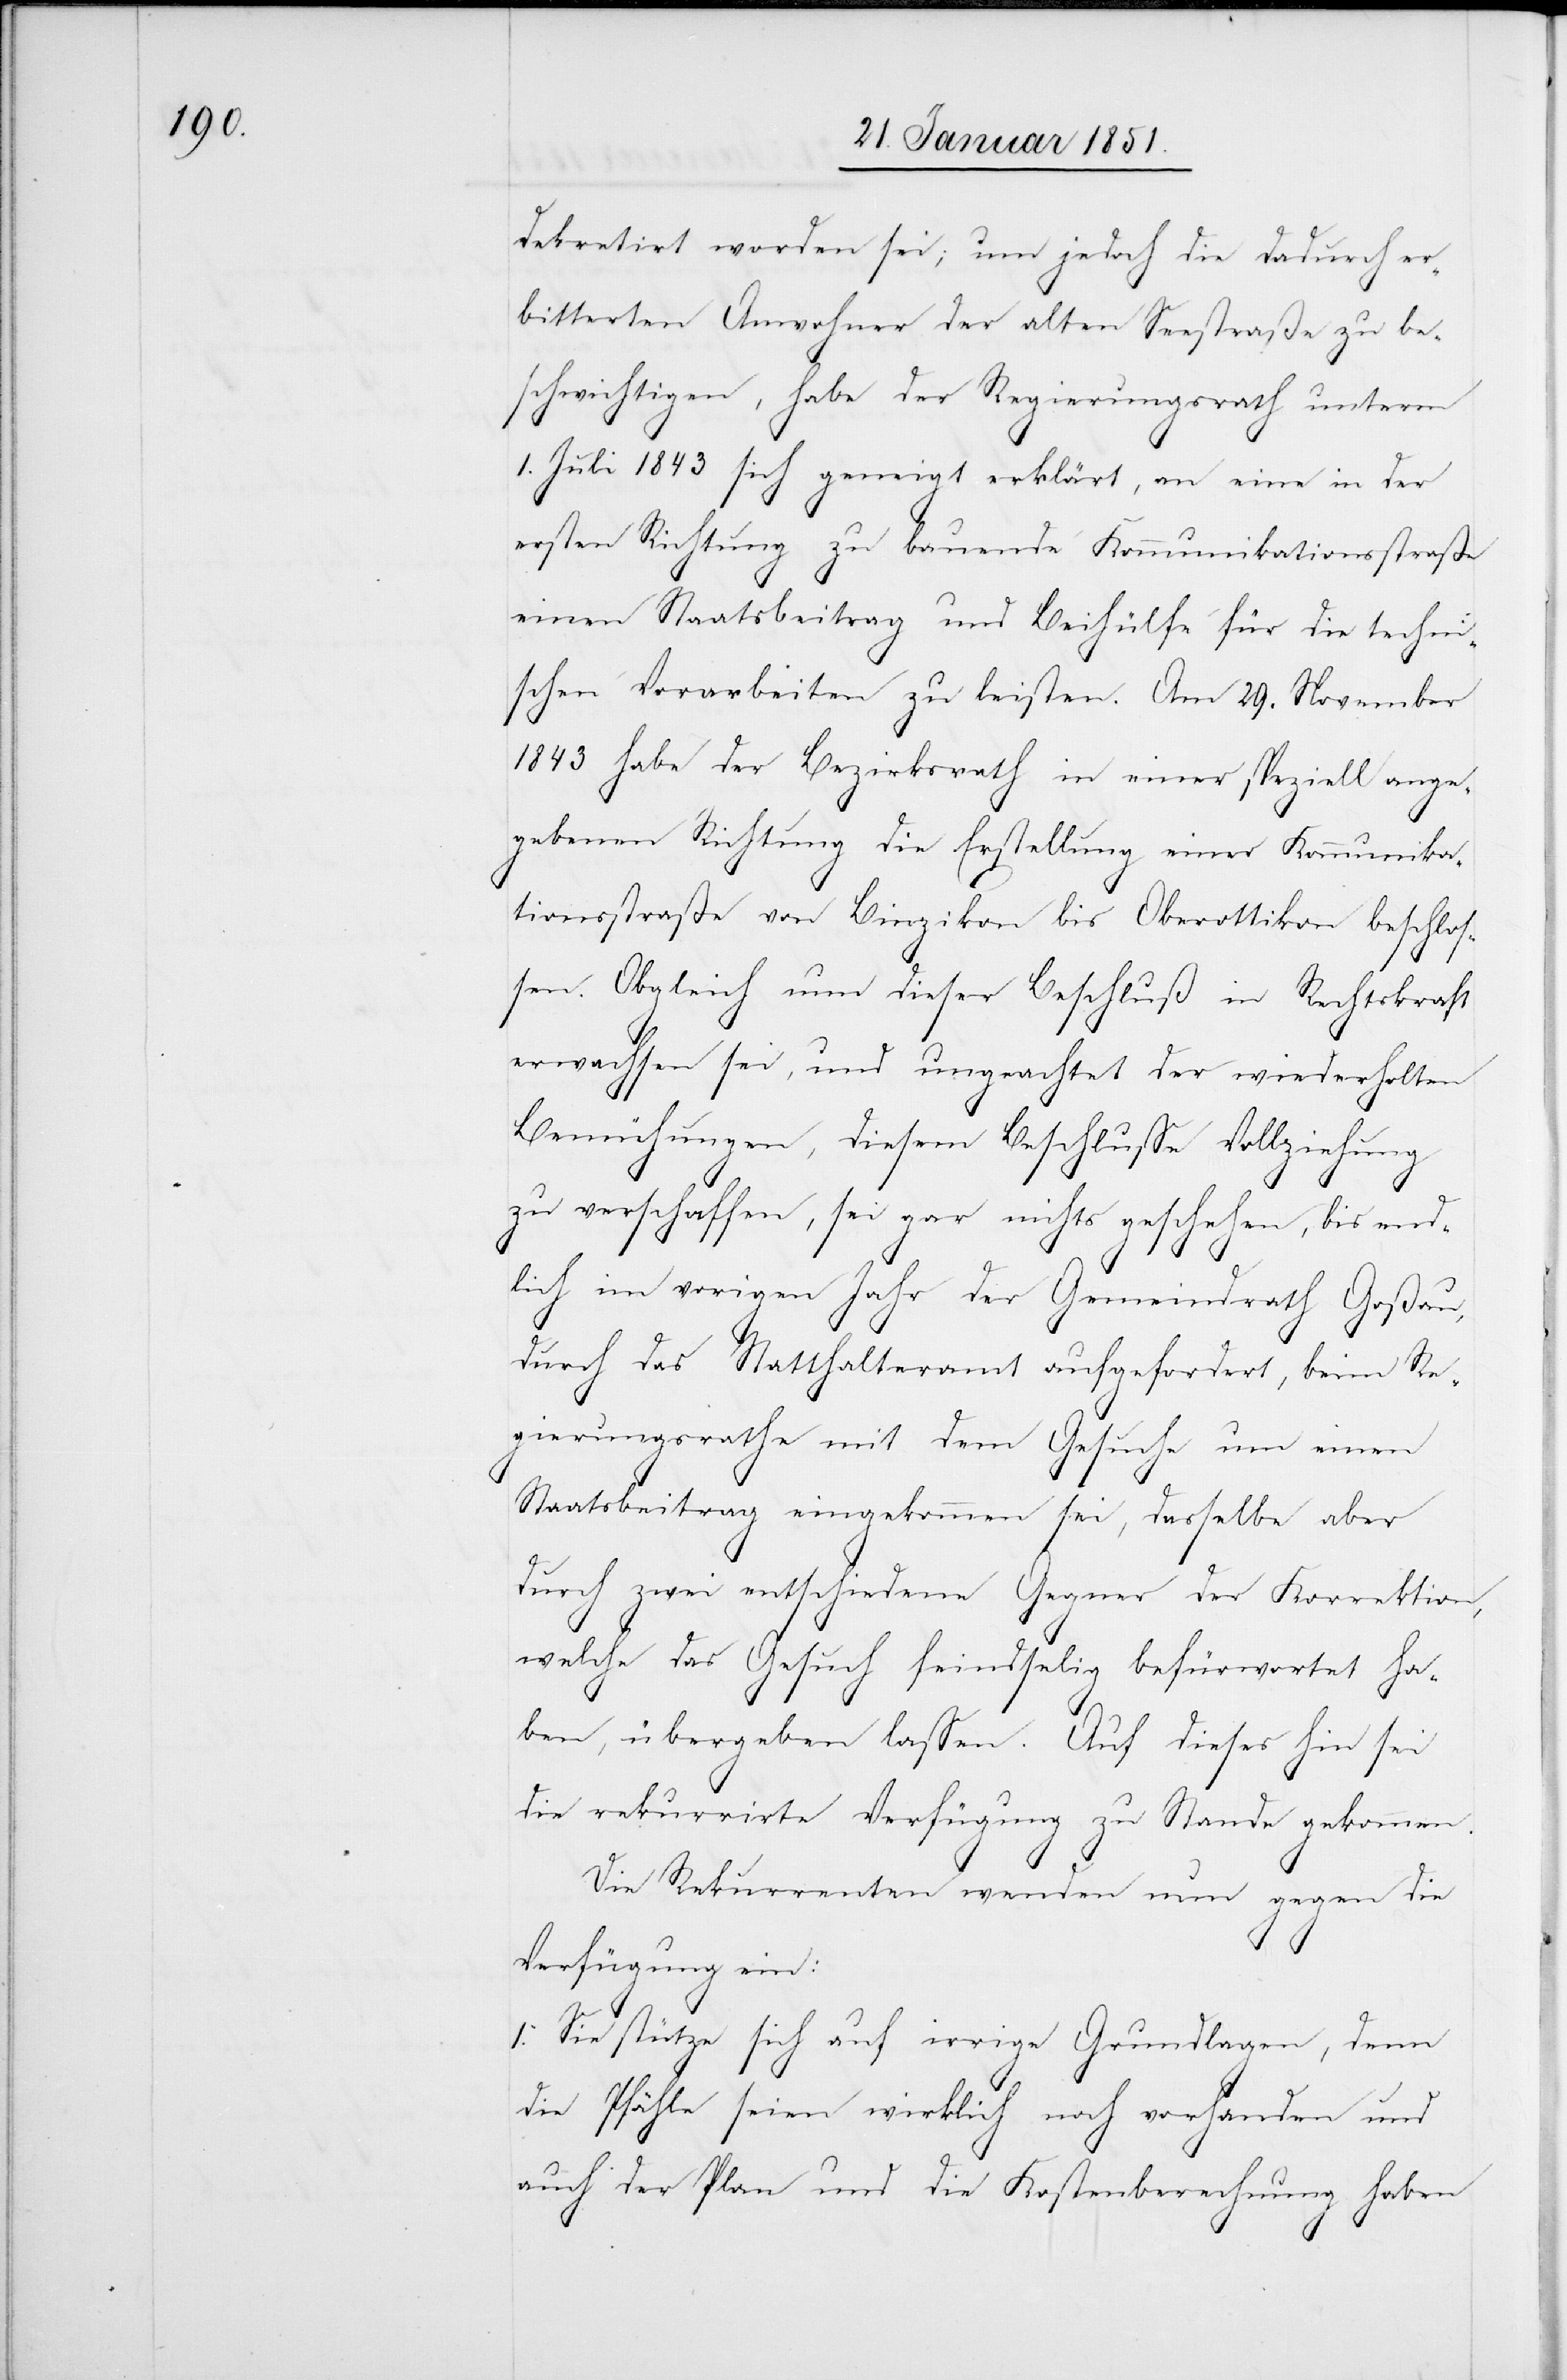
dekretirt worden sei; um jedoch die dadurch er¬
bitterten Anwohner der alten Seestraße zu be¬
schwichtigen, habe der Regierungsrath unterm
1. Juli 1843 sich geneigt erklärt, an eine in der
ersten Richtung zu bauende Kommunikationsstraße
einen Staatsbeitrag und Beihülfe für die techni¬
schen Vorarbeiten zu leisten. Am 29. November
1843 habe der Bezirksrath in einer speziell ange¬
gebenen Richtung die Erstellung einer Kommunika¬
tionsstraße von Binzikon bis Oberottikon beschlos¬
sen. Obgleich nun dieser Beschluß in Rechtskraft
erwachsen sei, und ungeachtet der wiederholten
Bemühungen, diesem Beschlusse Vollziehung
zu verschaffen, sei gar nichts geschehen, bis end¬
lich im vorigen Jahr der Gemeindrath Goßau,
durch das Statthalteramt aufgefordert, beim Re¬
gierungsrathe mit dem Gesuche um einen
Staatsbeitrag eingekommen sei, dasselbe aber
durch zwei entschiedene Gegner der Korrektion,
welche das Gesuch feindselig befürwortet ha¬
ben, übergeben lassen. Auf dieses hin sei
die rekurrirte Verfügung zu Stande gekommen.
Die Rekurrenten wenden nun gegen die
Verfügung ein:
1. Sie stütze sich auf irrige Grundlagen, denn
die Pfähle seien wirklich noch vorhanden und
auch der Plan und die Kostenberechnung haben